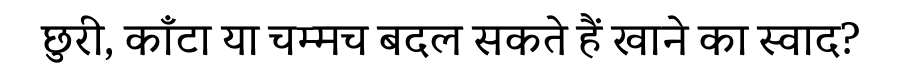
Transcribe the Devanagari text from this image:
छुरी, काँटा या चम्मच बदल सकते हैं खाने का स्वाद?